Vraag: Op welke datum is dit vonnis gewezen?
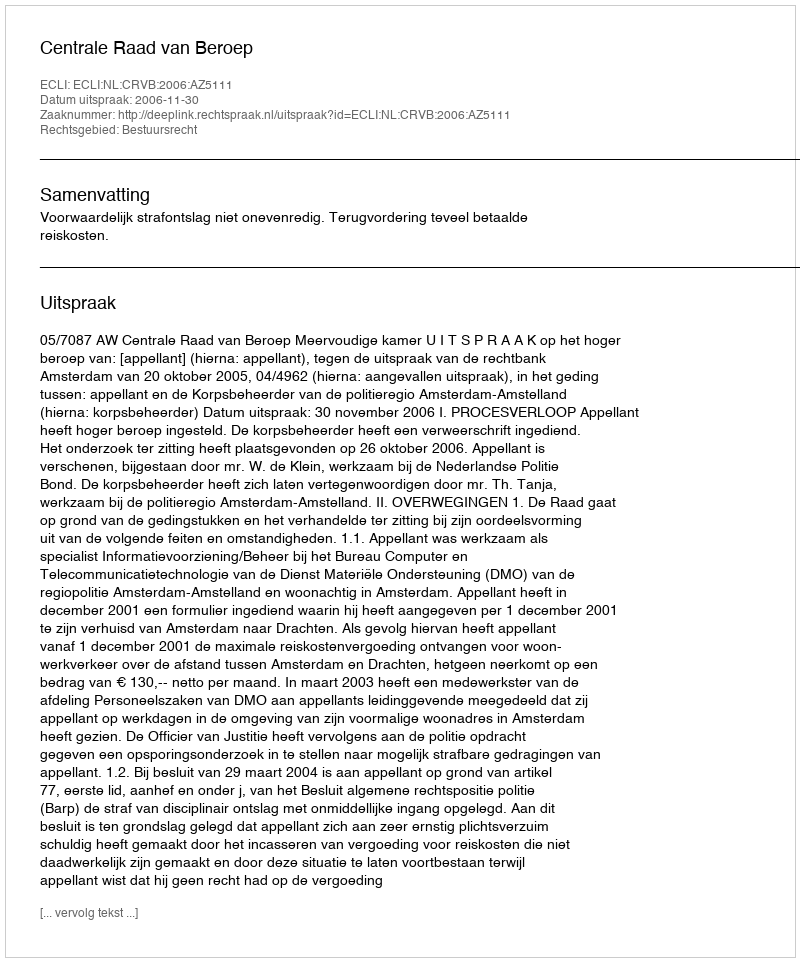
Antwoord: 2006-11-30